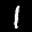
Label: 1